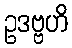
ဥဒဗ္ဗဟိ